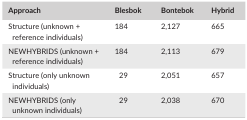
<table><thead><tr><td><b>Approach</b></td><td><b>Blesbok</b></td><td><b>Bontebok</b></td><td><b>Hybrid</b></td></tr></thead><tbody><tr><td>Structure (unknown + reference individuals)</td><td>184</td><td>2,127</td><td>665</td></tr><tr><td>NEWHYBRIDS (unknown + reference individuals)</td><td>184</td><td>2,113</td><td>679</td></tr><tr><td>Structure (only unknown individuals)</td><td>29</td><td>2,051</td><td>657</td></tr><tr><td>NEWHYBRIDS (only unknown individuals)</td><td>29</td><td>2,038</td><td>670</td></tr></tbody></table>